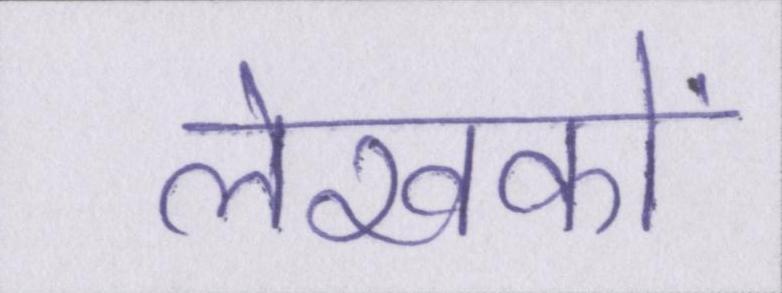
लेखकों